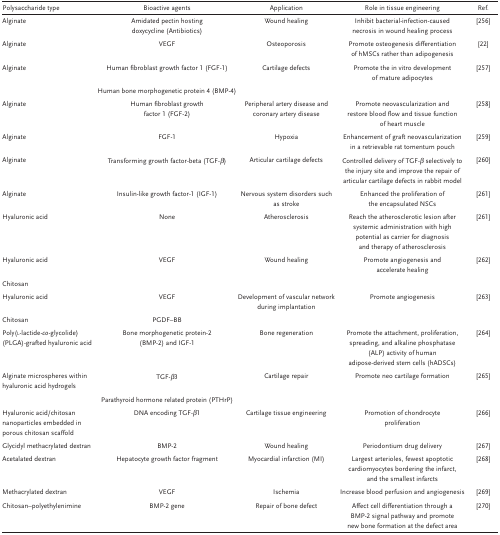
<table><thead><tr><td><b>Polysaccharide type</b></td><td><b>Bioactive agents</b></td><td><b>Application</b></td><td><b>Role in tissue engineering</b></td><td><b>Ref.</b></td></tr></thead><tbody><tr><td>Alginate</td><td>Amidated pectin hosting doxycycline (Antibiotics)</td><td>Wound healing</td><td>Inhibit bacterial‐infection‐caused necrosis in wound healing process</td><td>256</td></tr><tr><td>Alginate</td><td>VEGF</td><td>Osteoporosis</td><td>Promote osteogenesis differentiation of hMSCs rather than adipogenesis</td><td>22</td></tr><tr><td>Alginate</td><td>Human fibroblast growth factor 1 (FGF‐1)</td><td>Cartilage defects</td><td>Promote the in vitro development of mature adipocytes</td><td>257</td></tr><tr><td></td><td>Human bone morphogenetic protein 4 (BMP‐4)</td><td></td><td></td><td></td></tr><tr><td>Alginate</td><td>Human fibroblast growth factor 1 (FGF‐2)</td><td>Peripheral artery disease and coronary artery disease</td><td>Promote neovascularization and restore blood flow and tissue function of heart muscle</td><td>258</td></tr><tr><td>Alginate</td><td>FGF‐1</td><td>Hypoxia</td><td>Enhancement of graft neovascularization in a retrievable rat tomentum pouch</td><td>259</td></tr><tr><td>Alginate</td><td>Transforming growth factor‐beta (TGF‐β)</td><td>Articular cartilage defects</td><td>Controlled delivery of TGF‐β selectively to the injury site and improve the repair of articular cartilage defects in rabbit model</td><td>260</td></tr><tr><td>Alginate</td><td>Insulin‐like growth factor‐1 (IGF‐1)</td><td>Nervous system disorders such as stroke</td><td>Enhanced the proliferation of the encapsulated NSCs</td><td>261</td></tr><tr><td>Hyaluronic acid</td><td>None</td><td>Atherosclerosis</td><td>Reach the atherosclerotic lesion after systemic administration with high potential as carrier for diagnosis and therapy of atherosclerosis</td><td>261</td></tr><tr><td>Hyaluronic acid</td><td>VEGF</td><td>Wound healing</td><td>Promote angiogenesis and accelerate healing</td><td>262</td></tr><tr><td>Chitosan</td><td></td><td></td><td></td><td></td></tr><tr><td>Hyaluronic acid</td><td>VEGF</td><td>Development of vascular network during implantation</td><td>Promote angiogenesis</td><td>263</td></tr><tr><td>Chitosan</td><td>PGDF–BB</td><td></td><td></td><td></td></tr><tr><td>Poly(l‐lactide‐<i>co</i>‐glycolide) (PLGA)‐grafted hyaluronic acid</td><td>Bone morphogenetic protein‐2 (BMP‐2) and IGF‐1</td><td>Bone regeneration</td><td>Promote the attachment, proliferation, spreading, and alkaline phosphatase (ALP) activity of human adipose‐derived stem cells (hADSCs)</td><td>264</td></tr><tr><td>Alginate microspheres within hyaluronic acid hydrogels</td><td>TGF‐β3</td><td>Cartilage repair</td><td>Promote neo cartilage formation</td><td>265</td></tr><tr><td></td><td>Parathyroid hormone related protein (PTHrP)</td><td></td><td></td><td></td></tr><tr><td>Hyaluronic acid/chitosan nanoparticles embedded in porous chitosan scaffold</td><td>DNA encoding TGF‐β1</td><td>Cartilage tissue engineering</td><td>Promotion of chondrocyte proliferation</td><td>266</td></tr><tr><td>Glycidyl methacrylated dextran</td><td>BMP‐2</td><td>Wound healing</td><td>Periodontium drug delivery</td><td>267</td></tr><tr><td>Acetalated dextran</td><td>Hepatocyte growth factor fragment</td><td>Myocardial infarction (MI)</td><td>Largest arterioles, fewest apoptotic cardiomyocytes bordering the infarct, and the smallest infarcts</td><td>268</td></tr><tr><td>Methacrylated dextran</td><td>VEGF</td><td>Ischemia</td><td>Increase blood perfusion and angiogenesis</td><td>269</td></tr><tr><td>Chitosan–polyethylenimine</td><td>BMP‐2 gene</td><td>Repair of bone defect</td><td>Affect cell differentiation through a BMP‐2 signal pathway and promote new bone formation at the defect area</td><td>270</td></tr></tbody></table>